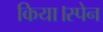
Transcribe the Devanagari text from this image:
किया।स्पेन